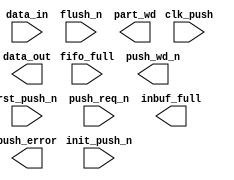
////////////////////////////////////////////////////////////////////////////////
//
//       This confidential and proprietary software may be used only
//     as authorized by a licensing agreement from Synopsys Inc.
//     In the event of publication, the following notice is applicable:
//
//                    (C) COPYRIGHT 2006 - 2018 SYNOPSYS INC.
//                           ALL RIGHTS RESERVED
//
//       The entire notice above must be reproduced on all authorized
//     copies.
//
//
// VERSION:   Verilog Simulation Model
//
// DesignWare_version: 24d71ea8
// DesignWare_release: O-2018.06-DWBB_201806.3
//
////////////////////////////////////////////////////////////////////////////////
////////////////////////////////////////////////////////////////////////////////
//
// ABSTRACT: Asymmetric Data Input Buffer Simulation Model
//
//           Input registers used for asymmetric data transfer when the
//           input data width is less than and an integer multiple
//           of the output data width.
//
//              Parameters:     Valid Values
//              ==========      ============
//              in_width        [ 1 to 2048]
//              out_width       [ 1 to 2048]
//                  Note: in_width must be less than
//                        out_width and an integer multiple:
//                        that is, out_width = K * in_width
//              err_mode        [ 0 = sticky error flag,
//                                1 = dynamic error flag ]
//              byte_order      [ 0 = the first byte (or subword) is in MSBs
//                                1 = the first byte  (or subword)is in LSBs ]
//              flush_value     [ 0 = fill empty bits of partial word with 0's upon flush
//                                1 = fill empty bits of partial word with 1's upon flush ]
//
//              Input Ports     Size    Description
//              ===========     ====    ===========
//              clk_push        1 bit   Push I/F Input Clock
//              rst_push_n      1 bit   Async. Push Reset (active low)
//              init_push_n     1 bit   Sync. Push Reset (active low)
//              push_req_n      1 bit   Push Request (active low)
//              data_in         M bits  Data subword being pushed
//              flush_n         1 bit   Flush the partial word into
//                                      the full word memory (active low)
//              fifo_full       1 bit   Full indicator of RAM/FIFO
//
//              Output Ports    Size    Description
//              ============    ====    ===========
//              push_wd_n       1 bit   Full word ready for transfer (active low)
//              data_out        N bits  Data word into RAM or FIFO
//              inbuf_full      1 bit   Inbuf registers all contain active data_in subwords
//              part_wd         1 bit   Partial word pushed flag
//              push_error      1 bit   Overrun of RAM or FIFO (includes inbuf registers)
//
//                Note: M is the value of the parameter in_width
//                      N is the value of the parameter out_width
//
//
// MODIFIED:
//
//   03/23/18  RJK  Updated max in_width and out_width as appropriate
//                  (STAR 9001317257)
//
//   10/27/09  DLL  Addresses STAR#9000351964.  Fixed data corruption in
//                  the case when both flush and push are requested
//                  with the input buffer empty.
//
////////////////////////////////////////////////////////////////////////////////
module DW_asymdata_inbuf (
        clk_push,
        rst_push_n,
        init_push_n,
        push_req_n,
        data_in,
        flush_n,
        fifo_full,

        push_wd_n,
        data_out,
        inbuf_full,
        part_wd,
        push_error
        );

parameter integer in_width     = 8;  // RANGE 1 to 2048
parameter integer out_width    = 16; // RANGE 1 to 2048
parameter integer err_mode     = 0;  // RANGE 0 to 1
parameter integer byte_order   = 0;  // RANGE 0 to 1
parameter integer flush_value  = 0;  // RANGE 0 to 1


input                   clk_push;       // clk
input                   rst_push_n;     // active low async reset
input                   init_push_n;    // active low sync reset
input                   push_req_n;     // active low push reqest
input   [in_width-1:0]  data_in;        // data subword
input                   flush_n;        // active low flush partial word
input                   fifo_full;      // Full indicator of RAM/FIFO

output                  push_wd_n;      // active low ready to write full data word
output  [out_width-1:0] data_out;       // full data word
output                  inbuf_full;     // Inbuf registers all contain active data_in subwords
output                  part_wd;        // Partial word pushed flag
output                  push_error;     // Overrun of RAM or FIFO (includes inbuf registers)

// synopsys translate_off
`define DW_K (out_width/in_width)
`define DW_cnt_width  ((`DW_K>16)?((`DW_K>64)?((`DW_K>128)?8:7):((`DW_K>32)?6:5)):((`DW_K>4)?((`DW_K>8)?4:3):((`DW_K>2)?2:1)))


wire    [in_width-1:0]  data_in_int;     // internal data subword
wire                    fifo_full;   // internal fifo_full

reg     [out_width-1:0] data_out_int;
wire    [out_width-1:0] next_data_out_int;

reg                     push_error_int;
wire                    next_push_error_int;
wire                    pre_next_push_error_int;


reg     [in_width-1:0]       data_reg [0:`DW_K-2];
reg     [in_width-1:0]       next_data_reg [0:`DW_K-2];
reg     [(in_width*(`DW_K-1))-1:0]       data_reg_vec;
reg     [(in_width*(`DW_K-1))-1:0]       next_data_reg_vec;

reg     [`DW_cnt_width-1:0]  cntr;
wire    [`DW_cnt_width-1:0]  next_cntr;

wire    flush_ok;

reg     [in_width-1:0]       temp_sw;

integer  i, midx;
integer  v_sw, v_b;
integer  w_sw, w_b;


  //-------------------------------------------------------------------------
  // Parameter legality check
  //-------------------------------------------------------------------------
  
 
  initial begin : parameter_check
    integer param_err_flg;

    param_err_flg = 0;
    
  
    if ( (in_width < 1) || (in_width > 2048) ) begin
      param_err_flg = 1;
      $display(
	"ERROR: %m :\n  Invalid value (%d) for parameter in_width (legal range: 1 to 2048)",
	in_width );
    end
  
    if ( (out_width < 1) || (out_width > 2048) ) begin
      param_err_flg = 1;
      $display(
	"ERROR: %m :\n  Invalid value (%d) for parameter out_width (legal range: 1 to 2048)",
	out_width );
    end
  
    if ( (err_mode < 0) || (err_mode > 1) ) begin
      param_err_flg = 1;
      $display(
	"ERROR: %m :\n  Invalid value (%d) for parameter err_mode (legal range: 0 to 1)",
	err_mode );
    end
  
    if ( (byte_order < 0) || (byte_order > 1) ) begin
      param_err_flg = 1;
      $display(
	"ERROR: %m :\n  Invalid value (%d) for parameter byte_order (legal range: 0 to 1)",
	byte_order );
    end
  
    if ( (flush_value < 0) || (flush_value > 1) ) begin
      param_err_flg = 1;
      $display(
	"ERROR: %m :\n  Invalid value (%d) for parameter flush_value (legal range: 0 to 1)",
	flush_value );
    end
  
    if ( param_err_flg == 1) begin
      $display(
        "%m :\n  Simulation aborted due to invalid parameter value(s)");
      $finish;
    end

  end // parameter_check 



assign  data_in_int     = (data_in | (data_in ^ data_in));

assign  flush_ok  = ~flush_n & part_wd & ~fifo_full;

assign  next_cntr = (~push_req_n && flush_ok) ? 1'b1 :
                      flush_ok ? {`DW_cnt_width{1'b0}} :
                        (~push_req_n && !pre_next_push_error_int) ? 
                          ((cntr == `DW_K-1) ? 
                           {`DW_cnt_width{1'b0}} : cntr + 1) :
                          (~push_req_n && !inbuf_full) ?  cntr + 1 :
                          cntr; 

assign  pre_next_push_error_int  = ((~flush_n && part_wd) || (~push_req_n && inbuf_full)) && fifo_full;
assign  next_push_error_int      = (err_mode == 0) ? pre_next_push_error_int | push_error_int : pre_next_push_error_int;


always @(rst_push_n or init_push_n or push_req_n or flush_ok or 
	 data_in_int or cntr or data_reg_vec) begin : PROC_load_data_reg_vec
  if (push_req_n === 1'b0) begin
    if (flush_ok === 1'b0) begin
      for (v_sw=0; v_sw < `DW_K-1; v_sw=v_sw+1) begin
        for (v_b=0; v_b < in_width; v_b=v_b+1) begin
          if (v_sw == cntr) begin
            next_data_reg_vec[(in_width*v_sw)+v_b] = data_in_int[v_b];
          end else begin
            if (v_sw < cntr) begin
              next_data_reg_vec[(in_width*v_sw)+v_b] = data_reg_vec[(in_width*v_sw)+v_b];
            end else begin
              if (flush_value == 0)
                next_data_reg_vec[(in_width*v_sw)+v_b] = 1'b0;
              else
                next_data_reg_vec[(in_width*v_sw)+v_b] = 1'b1;
            end
          end 
        end // "v_b" loop
      end // "v_sw" loop
    end else begin // flush_ok=1
      for (v_sw=0; v_sw < `DW_K-1; v_sw=v_sw+1) begin
        for (v_b=0; v_b < in_width; v_b=v_b+1) begin
          if (v_sw == 0)
            next_data_reg_vec[v_b] = data_in_int[v_b];
          else
            if (flush_value == 0)
              next_data_reg_vec[(in_width*v_sw)+v_b] = {in_width{1'b0}};
            else
              next_data_reg_vec[(in_width*v_sw)+v_b] = {in_width{1'b1}};
        end // "v_b" loop
      end // "v_sw" loop
    end
  end else if ((rst_push_n === 1'b0) || (init_push_n === 1'b0)) begin
    for (i=0; i < (in_width*`DW_K-1); i=i+1) begin
      next_data_reg_vec[i] = {in_width{1'b0}};
    end
  end else begin
    for (i=0; i < (in_width*`DW_K-1); i=i+1) begin
      next_data_reg_vec[i] = data_reg_vec[i];
    end
  end
end   // of PROC_load_data_reg_vec



always @(data_in_int or flush_ok or data_reg_vec) begin : gen_data_out_PROC

  if (byte_order == 0) begin
    for (w_sw=0; w_sw<`DW_K; w_sw=w_sw+1) begin
      for (w_b=0; w_b<in_width; w_b=w_b+1) begin
        if (flush_ok) begin
          if (w_sw == `DW_K-1) begin
            if (flush_value == 0)
              data_out_int[w_b] = 1'b0;
            else
              data_out_int[w_b] = 1'b1;
          end else begin
            data_out_int[(in_width*((`DW_K-1)-w_sw))+w_b] = data_reg_vec[(in_width*w_sw)+w_b];
          end
        end else begin
          if (w_sw == `DW_K-1) begin
            data_out_int[w_b] = data_in_int[w_b];
          end else begin
            data_out_int[(in_width*((`DW_K-1)-w_sw))+w_b] = data_reg_vec[(in_width*w_sw)+w_b];
          end
        end 
      end
    end
  end else begin
    for (w_sw=0; w_sw<`DW_K; w_sw=w_sw+1) begin
      for (w_b=0; w_b<in_width; w_b=w_b+1) begin
        if (flush_ok) begin
          if (w_sw == `DW_K-1) begin
            if (flush_value == 0)
              data_out_int[(in_width*w_sw)+w_b] = 1'b0;
            else
              data_out_int[(in_width*w_sw)+w_b] = 1'b1;
          end else begin
            data_out_int[(in_width*w_sw)+w_b] = data_reg_vec[(in_width*w_sw)+w_b];
          end
        end else begin
          if (w_sw == `DW_K-1) begin
            data_out_int[(in_width*w_sw)+w_b] = data_in_int[w_b];
          end else begin
            data_out_int[(in_width*w_sw)+w_b] = data_reg_vec[(in_width*w_sw)+w_b];
          end
        end 
      end
    end
  end  // (byte_order == 1)
end  // of PROC_gen_data_out

  always @(posedge clk_push or negedge rst_push_n) begin : a1000_PROC
    if (rst_push_n === 1'b0) begin
      push_error_int     <= 1'b0;
      cntr               <= {`DW_cnt_width{1'b0}};
      for (midx=0; midx<`DW_K-1; midx=midx+1) begin
        data_reg[midx]   <= {in_width{1'b0}};
      end
      data_reg_vec       <= {(in_width*(`DW_K-1)){1'b0}};
    end else if (rst_push_n === 1'b1) begin
      if (init_push_n === 1'b0) begin
        push_error_int     <= 1'b0;
        cntr               <= {`DW_cnt_width{1'b0}};
        for (midx=0; midx<`DW_K-1; midx=midx+1) begin
          data_reg[midx]   <= {in_width{1'b0}};
        end
        data_reg_vec       <= {(in_width*(`DW_K-1)){1'b0}};
      end else if (init_push_n === 1'b1) begin
        push_error_int     <= next_push_error_int;
        cntr               <= next_cntr;
        for (midx=0; midx<`DW_K-1; midx=midx+1) begin
          data_reg[midx]   <= next_data_reg[midx];
        end
        data_reg_vec       <= next_data_reg_vec;
      end else begin
        push_error_int     <= 1'bX;
        cntr               <= {`DW_cnt_width{1'bX}};
        for (midx=0; midx<`DW_K-1; midx=midx+1) begin
          data_reg[midx]   <= {in_width{1'bX}};
        end
        data_reg_vec       <= {(in_width*(`DW_K-1)){1'bX}};
      end
    end else begin
      push_error_int     <= 1'bX;
      cntr               <= {`DW_cnt_width{1'bX}};
      for (midx=0; midx<`DW_K-1; midx=midx+1) begin
        data_reg[midx]   <= {in_width{1'bX}};
      end
      data_reg_vec       <= {(in_width*(`DW_K-1)){1'bX}};
    end
  end

  assign  push_wd_n   = ~(((~push_req_n && inbuf_full) || flush_ok) && ~pre_next_push_error_int);
  assign  data_out    = data_out_int;
  assign  push_error  = push_error_int;
  assign  inbuf_full  = cntr > `DW_K-2;
  assign  part_wd     = cntr > 0;

  
  always @ (clk_push) begin : monitor_clk_push 
    if ( (clk_push !== 1'b0) && (clk_push !== 1'b1) && ($time > 0) )
      $display( "WARNING: %m :\n  at time = %t, detected unknown value, %b, on clk_push input.",
                $time, clk_push );
    end // monitor_clk_push 

`undef DW_K 
`undef DW_cnt_width 
// synopsys translate_on
endmodule